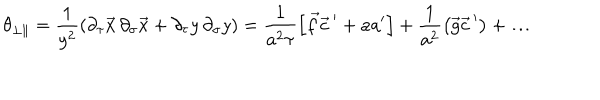
\theta _ { \bot \parallel } = \frac { 1 } { y ^ { 2 } } \left( \partial _ { \tau } \vec { x } \, \partial _ { \sigma } \vec { x } + \partial _ { \tau } y \, \partial _ { \sigma } y \right) = \frac { 1 } { a ^ { 2 } \tau } \left[ \vec { f } { \vec { c } \, } ^ { \prime } + a a ^ { \prime } \right] + \frac { 1 } { a ^ { 2 } } \left( \vec { g } { \vec { c } \, } ^ { \prime } \right) + \ldots